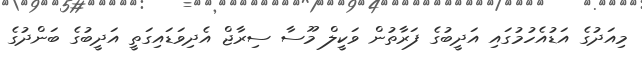
މިއަދުގެ އަޑުއެހުމުގައި އަދީބުގެ ފަރާތުން ވަކީލް މޫސާ ސިރާޖް އެދިވަޑައިގަތީ އަދީބުގެ ބަންދުގެ